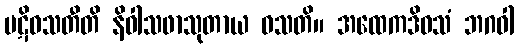
ပဋိဝသတီတိ နိဝါသဖာသုတာယ ဝသတိ။ အထေကဒိဝသံ ဘဂဝါ